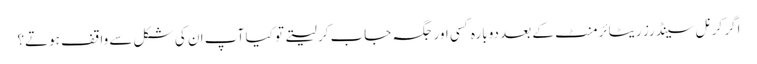
اگر کرنل سینڈرز ریٹائرمنٹ کے بعد دوبارہ کسی اور جگہ جاب کر لیتے تو کیا آپ ان کی شکل سے واقف ہوتے؟